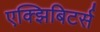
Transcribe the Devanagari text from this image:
एक्झिबिटर्स